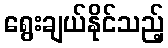
ရွေးချယ်နိုင်သည့်